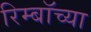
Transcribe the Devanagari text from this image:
रिम्बॉच्या